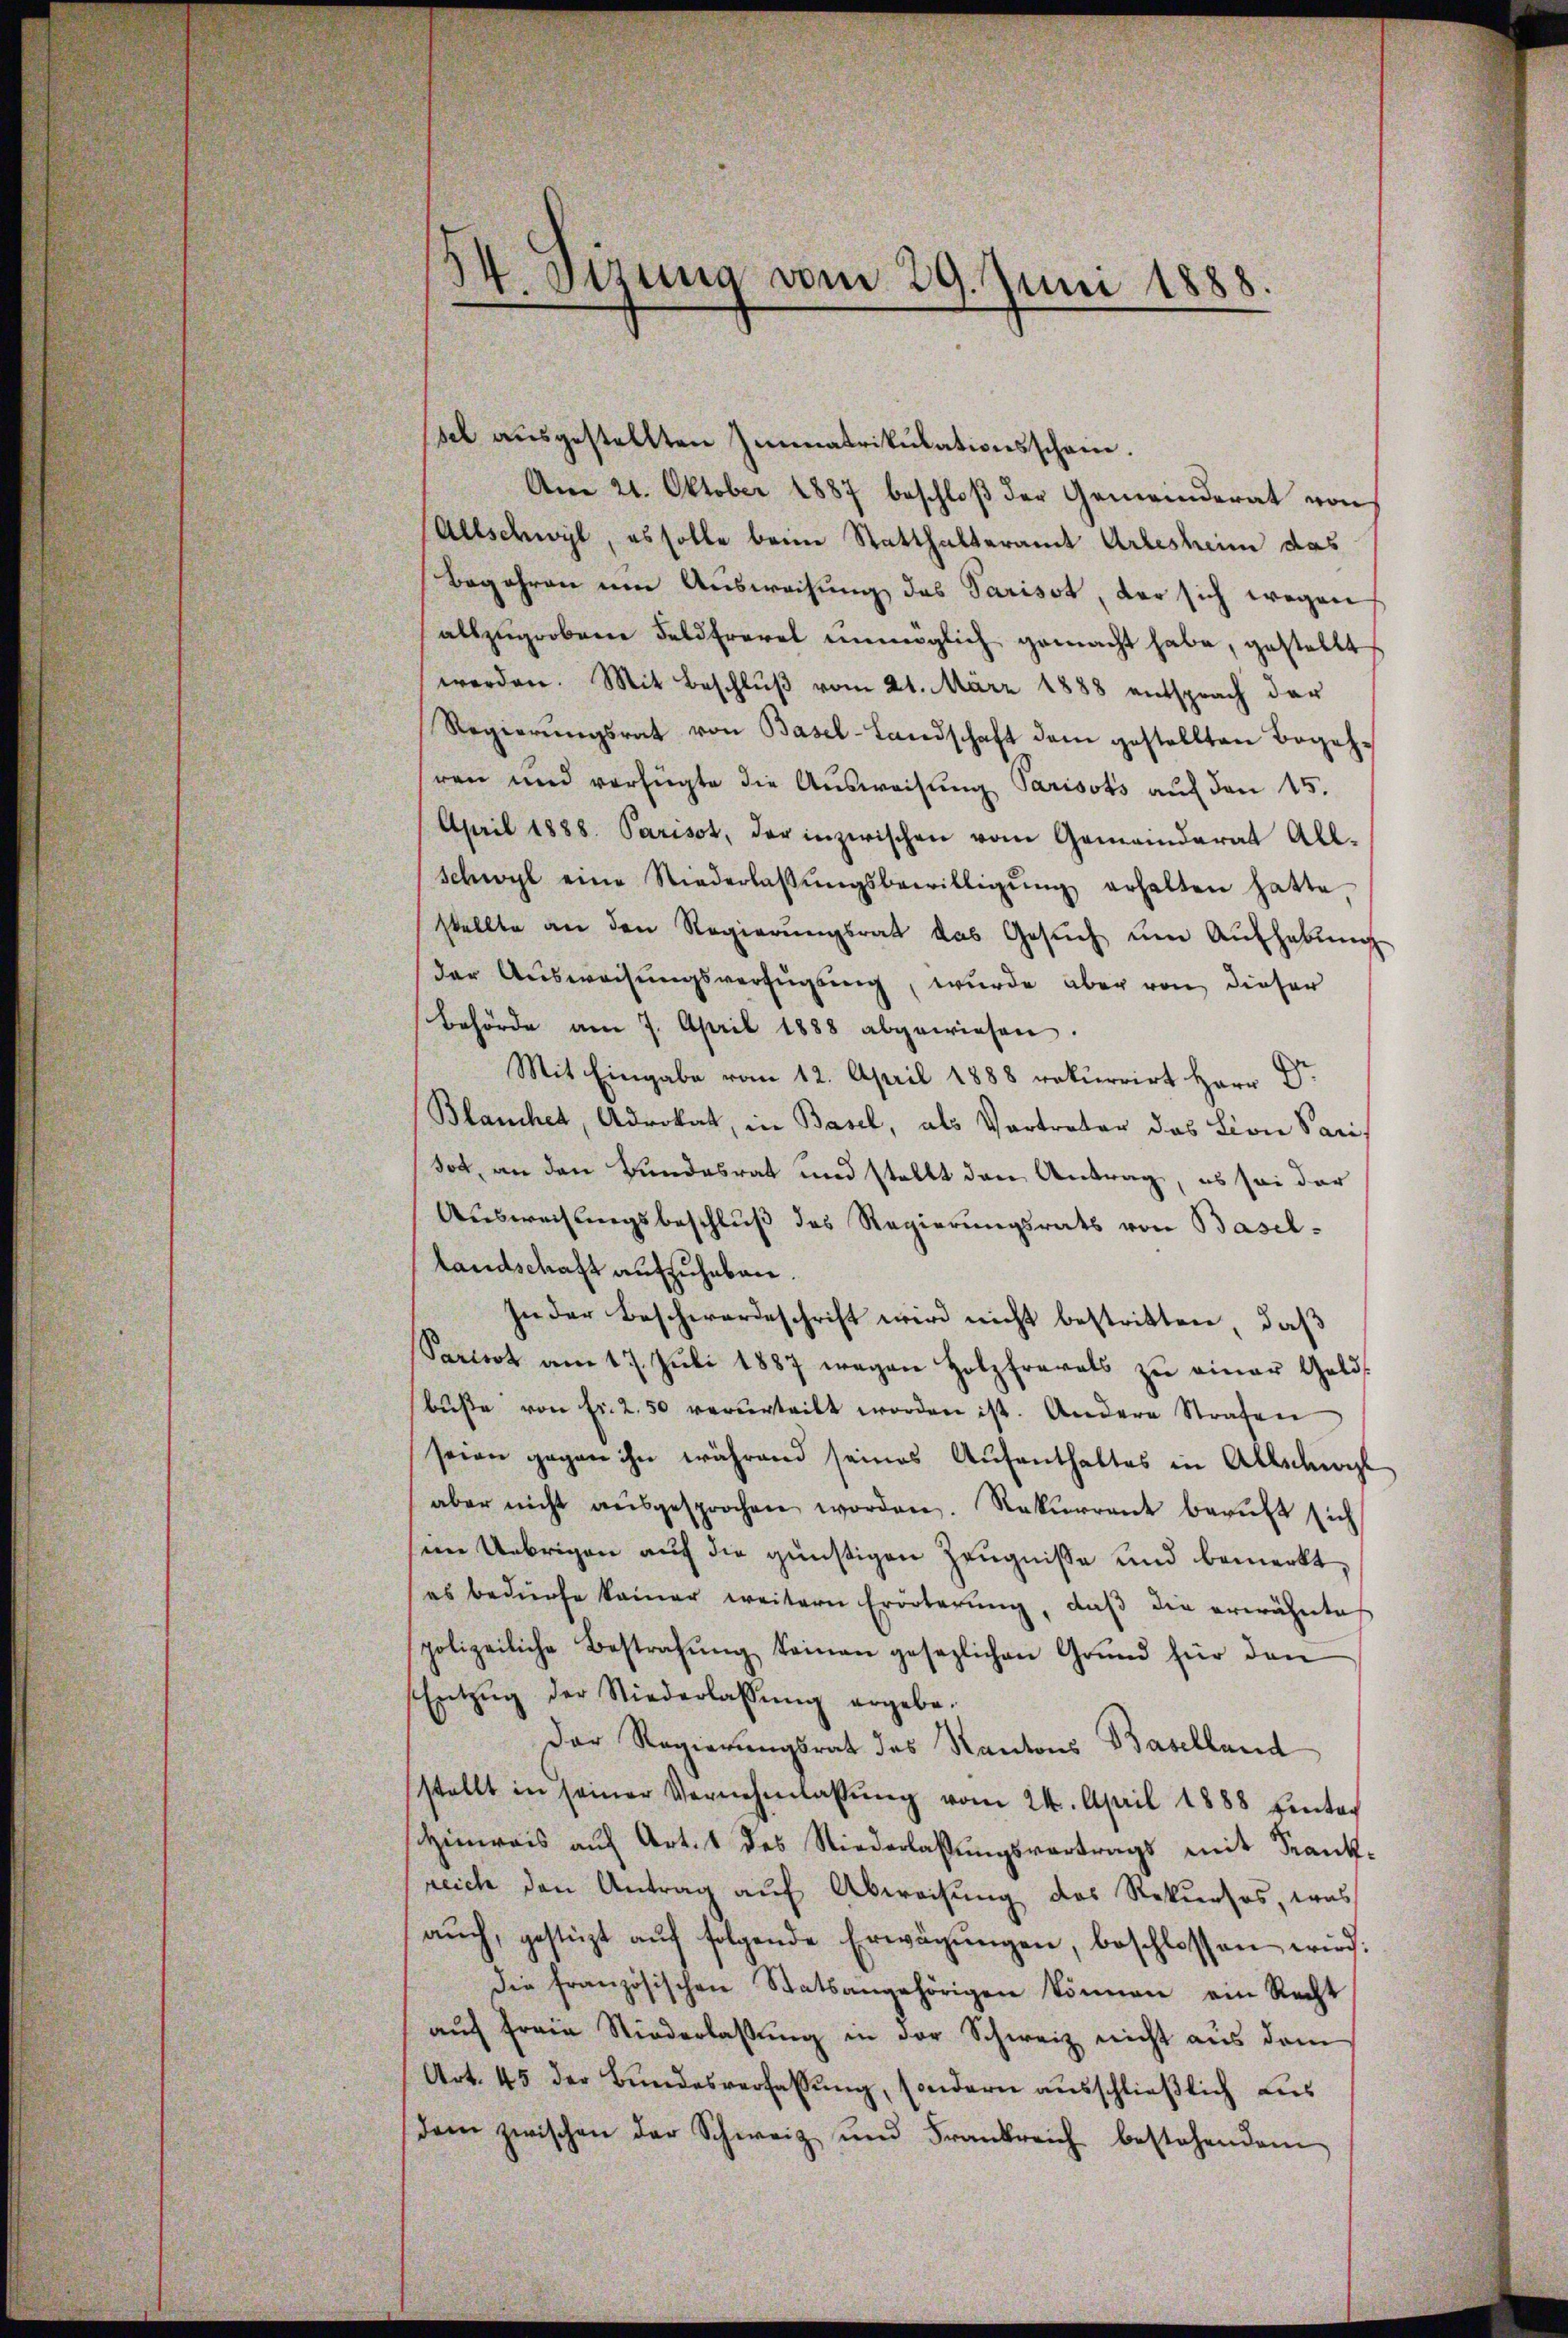
sel ausgestellten Immatrikulationsschein.
Am 21. Oktober 1887 beschloß der Gemeinderat von
(Allschwyl, es solle beim Statthalteramt Arlesheim das
Begehren um Ausweisung das Parisst, der sich wegen
allzugrobene Feldfrevel unverglich gemacht habe, gestellt
werden. Mit Beschlŭβ vom 21. März 1888 entsprach dar
Regierŭngsrat von Basel-Landschaft dem gestellten Begeh-
ren und verfügte die Aŭsweisŭng Parisots auf den 15.
April 1888. Parisot, der inzwischen vom Gemeinderat All-
Schwyl eine Niederlaβŭngsbewilligŭng erhalten hatte,
stellte an den Regierungsrat das Gesŭch ŭm Aŭfhebŭng
der Ausweisungsverfügung, wurde aber von dieser
Behörde am 7. April 1888 abgewiesen.
Mit Eingabe vom 12. April 1888 rekurrirt Herr Dr
Blanchet, Advokat, in Basel, als Vortreter das Lion Paris
dot, an den Bundesrat und stellt den Antrag, es sei der
Ausweisungsbeschluß des Regierungsrats von Basel-
Landschaft aufzuheben.
In der Beschwerdeschrift wird nicht bestritten, daß
Saricot am 17. Jŭli 1887 wegen Holzfrevels zŭ einer Gelds
bŭβe von fr. 2.50 verurteilt worden ist. Andere Strafen
seien gegen ihn während seines Aufenthaltes in Allschwil
aber nicht aŭsgesprochen worden. Rekurrent beaŭft sich
seine Uebrigen auf die günstigen Zeugnisse und bemerkt,
es bedürfe kamer weitern Erörterŭng, daβ die erwähnte
polizeiliche Bestrafŭng keinen gesezlichen Grund für den
Entzŭg der Niederlassŭng ergebe.
Der Regierungsrat des Kantons Baselland
stellt in seiner Vernehmlassŭng vom 24. April 1888 hinter
hinweis aŭf Art. 1 des Niederlassŭngsvertrags mit Krank-
reich den Antrag auf Abweisung des Rekurses, was
aŭch gestüzt aŭf folgende Erwägŭngen, beschlossen wird:
die französischen Statsangehörigen können ein Recht
aŭf freie Niederlassŭng in der Schweiz nicht aus dem
Art. 45 der Bŭndesverfassŭng, sondern aŭsschlieβlich aus
dem zwischen der Schweiz und Frankreich bestehendem

44. Sizung vom 29. Juni 1888.